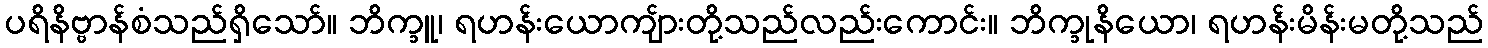
ပရိနိဗ္ဗာန်စံသည်ရှိသော်။ ဘိက္ခူ၊ ရဟန်းယောကျ်ားတို့သည်လည်းကောင်း။ ဘိက္ခုနိယော၊ ရဟန်းမိန်းမတို့သည်